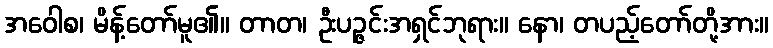
အဝေါစ၊ မိန့်တော်မူ၏။ တာတ၊ ဦးပဉ္ဇင်းအရှင်ဘုရား။ နော၊ တပည့်တော်တို့အား။